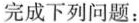
完成下列问题：